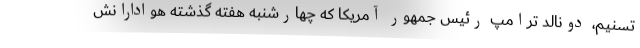
تسنیم، دونالد ترامپ رئیس جمهور آمریکا که چهارشنبه هفته گذشته هوادارانش